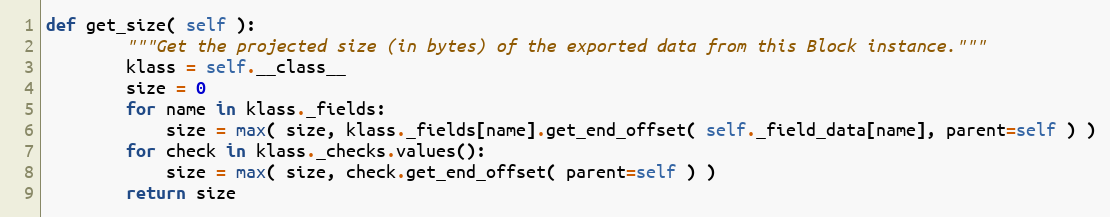
Language: Python
def get_size( self ):
        """Get the projected size (in bytes) of the exported data from this Block instance."""
        klass = self.__class__
        size = 0
        for name in klass._fields:
            size = max( size, klass._fields[name].get_end_offset( self._field_data[name], parent=self ) )
        for check in klass._checks.values():
            size = max( size, check.get_end_offset( parent=self ) )
        return size